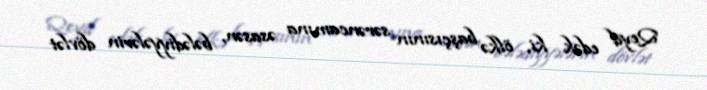
Qeyd edək ki, ölkə başçısının sərəncamına əsasən, bələdiyyələrin dövlət